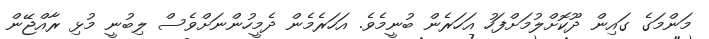
މަންމަގެ ގައިން ދޫކޮށްލުމަށްފަހު އަހަރެން ބުނީމެވެ. އަހަރެމެން ދެމީހުންނަށްވެސް ލިބުނީ މުޅި ރާއްޖޭން